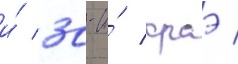
и́ 30-и́ краэ /